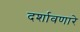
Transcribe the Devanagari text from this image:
दर्शावणारे